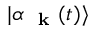
| \alpha _ { \mathrm { ~ \bf ~ k ~ } } ( t ) \rangle